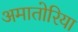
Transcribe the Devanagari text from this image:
अमातोरिया